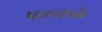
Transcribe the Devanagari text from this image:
पाठकके